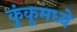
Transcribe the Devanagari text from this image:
कुंकूमध्ये